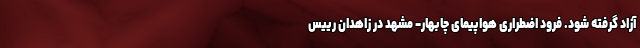
آزاد گرفته شود. فرود اضطراری هواپیمای چابهار- مشهد در زاهدان رییس